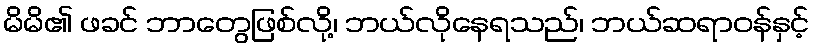
မိမိ၏ ဖခင် ဘာတွေဖြစ်လို့၊ ဘယ်လိုနေရသည်၊ ဘယ်ဆရာဝန်နှင့်